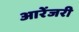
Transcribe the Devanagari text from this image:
आरेंजरी